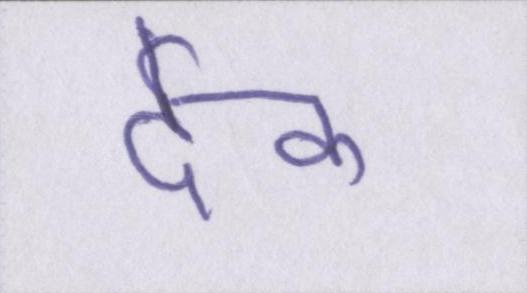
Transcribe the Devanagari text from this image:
देक